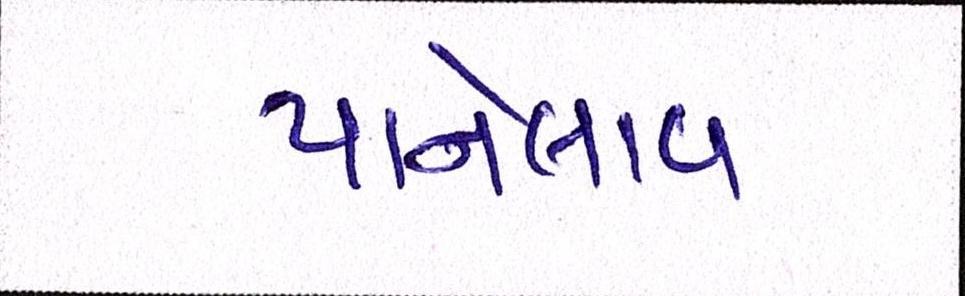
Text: પાનેલાવ